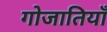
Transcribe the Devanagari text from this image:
गोजातियाँ